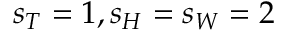
s _ { T } = 1 , s _ { H } = s _ { W } = 2